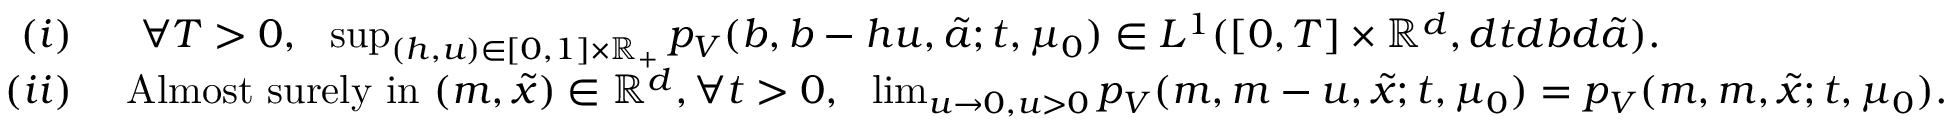
\begin{array} { r l } { ( i ) } & { ~ ~ \forall T > 0 , ~ ~ \operatorname* { s u p } _ { ( h , u ) \in [ 0 , 1 ] \times { \mathbb R } _ { + } } p _ { V } ( b , b - h u , \tilde { a } ; t , { \mu _ { 0 } } ) \in L ^ { 1 } ( [ 0 , T ] \times { \mathbb R } ^ { d } , d t d b d \tilde { a } ) . } \\ { ( i i ) } & { \mathrm { ~ A l m o s t ~ s u r e l y ~ i n ~ } ( m , \tilde { x } ) \in { \mathbb R } ^ { d } , \forall t > 0 , ~ ~ \operatorname* { l i m } _ { u \rightarrow 0 , u > 0 } p _ { V } ( m , m - u , \tilde { x } ; t , { \mu _ { 0 } } ) = p _ { V } ( m , m , \tilde { x } ; t , { \mu _ { 0 } } ) . } \end{array}